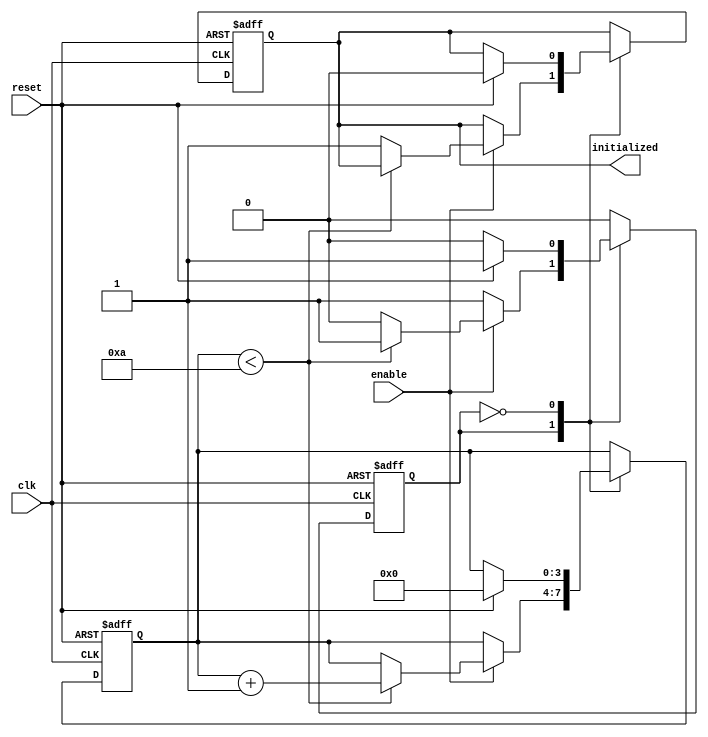
module ClockCycleInitialization (
    input wire clk,          // Clock signal
    input wire reset,        // Active-high reset signal
    input wire enable,       // Control signal to enable initialization
    output reg initialized   // Flag indicating successful initialization
);

    // Internal state variable to track initialization
    reg [3:0] init_counter;  // Counter to manage initialization cycles
    parameter INIT_CYCLES = 4'd10; // Define number of cycles for initialization

    // State encoding
    localparam IDLE = 1'b0;
    localparam INITIALIZING = 1'b1;
    
    reg state;               // Current state of the system

    // Sequential logic
    always @(posedge clk or posedge reset) begin
        if (reset) begin
            // On reset, initialize the state and counter
            initialized <= 1'b0;
            init_counter <= 4'd0;
            state <= INITIALIZING;
        end else begin
            case (state)
                INITIALIZING: begin
                    if (enable) begin
                        // Increment the counter during initialization
                        if (init_counter < INIT_CYCLES) begin
                            init_counter <= init_counter + 1;
                        end else begin
                            // Initialization complete
                            initialized <= 1'b1;
                            state <= IDLE;  // Transition to IDLE state
                        end
                    end
                end
                
                IDLE: begin
                    // Remain in IDLE until reset or enable changes
                    if (reset) begin
                        // If reset is asserted, go back to INITIALIZING
                        initialized <= 1'b0;
                        init_counter <= 4'd0;
                        state <= INITIALIZING;
                    end
                end
            endcase
        end
    end

endmodule